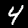
Label: 4